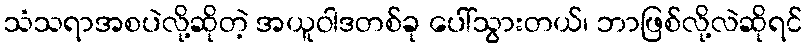
သံသရာအစပဲလို့ဆိုတဲ့ အယူဝါဒတစ်ခု ပေါ်သွားတယ်၊ ဘာဖြစ်လို့လဲဆိုရင်